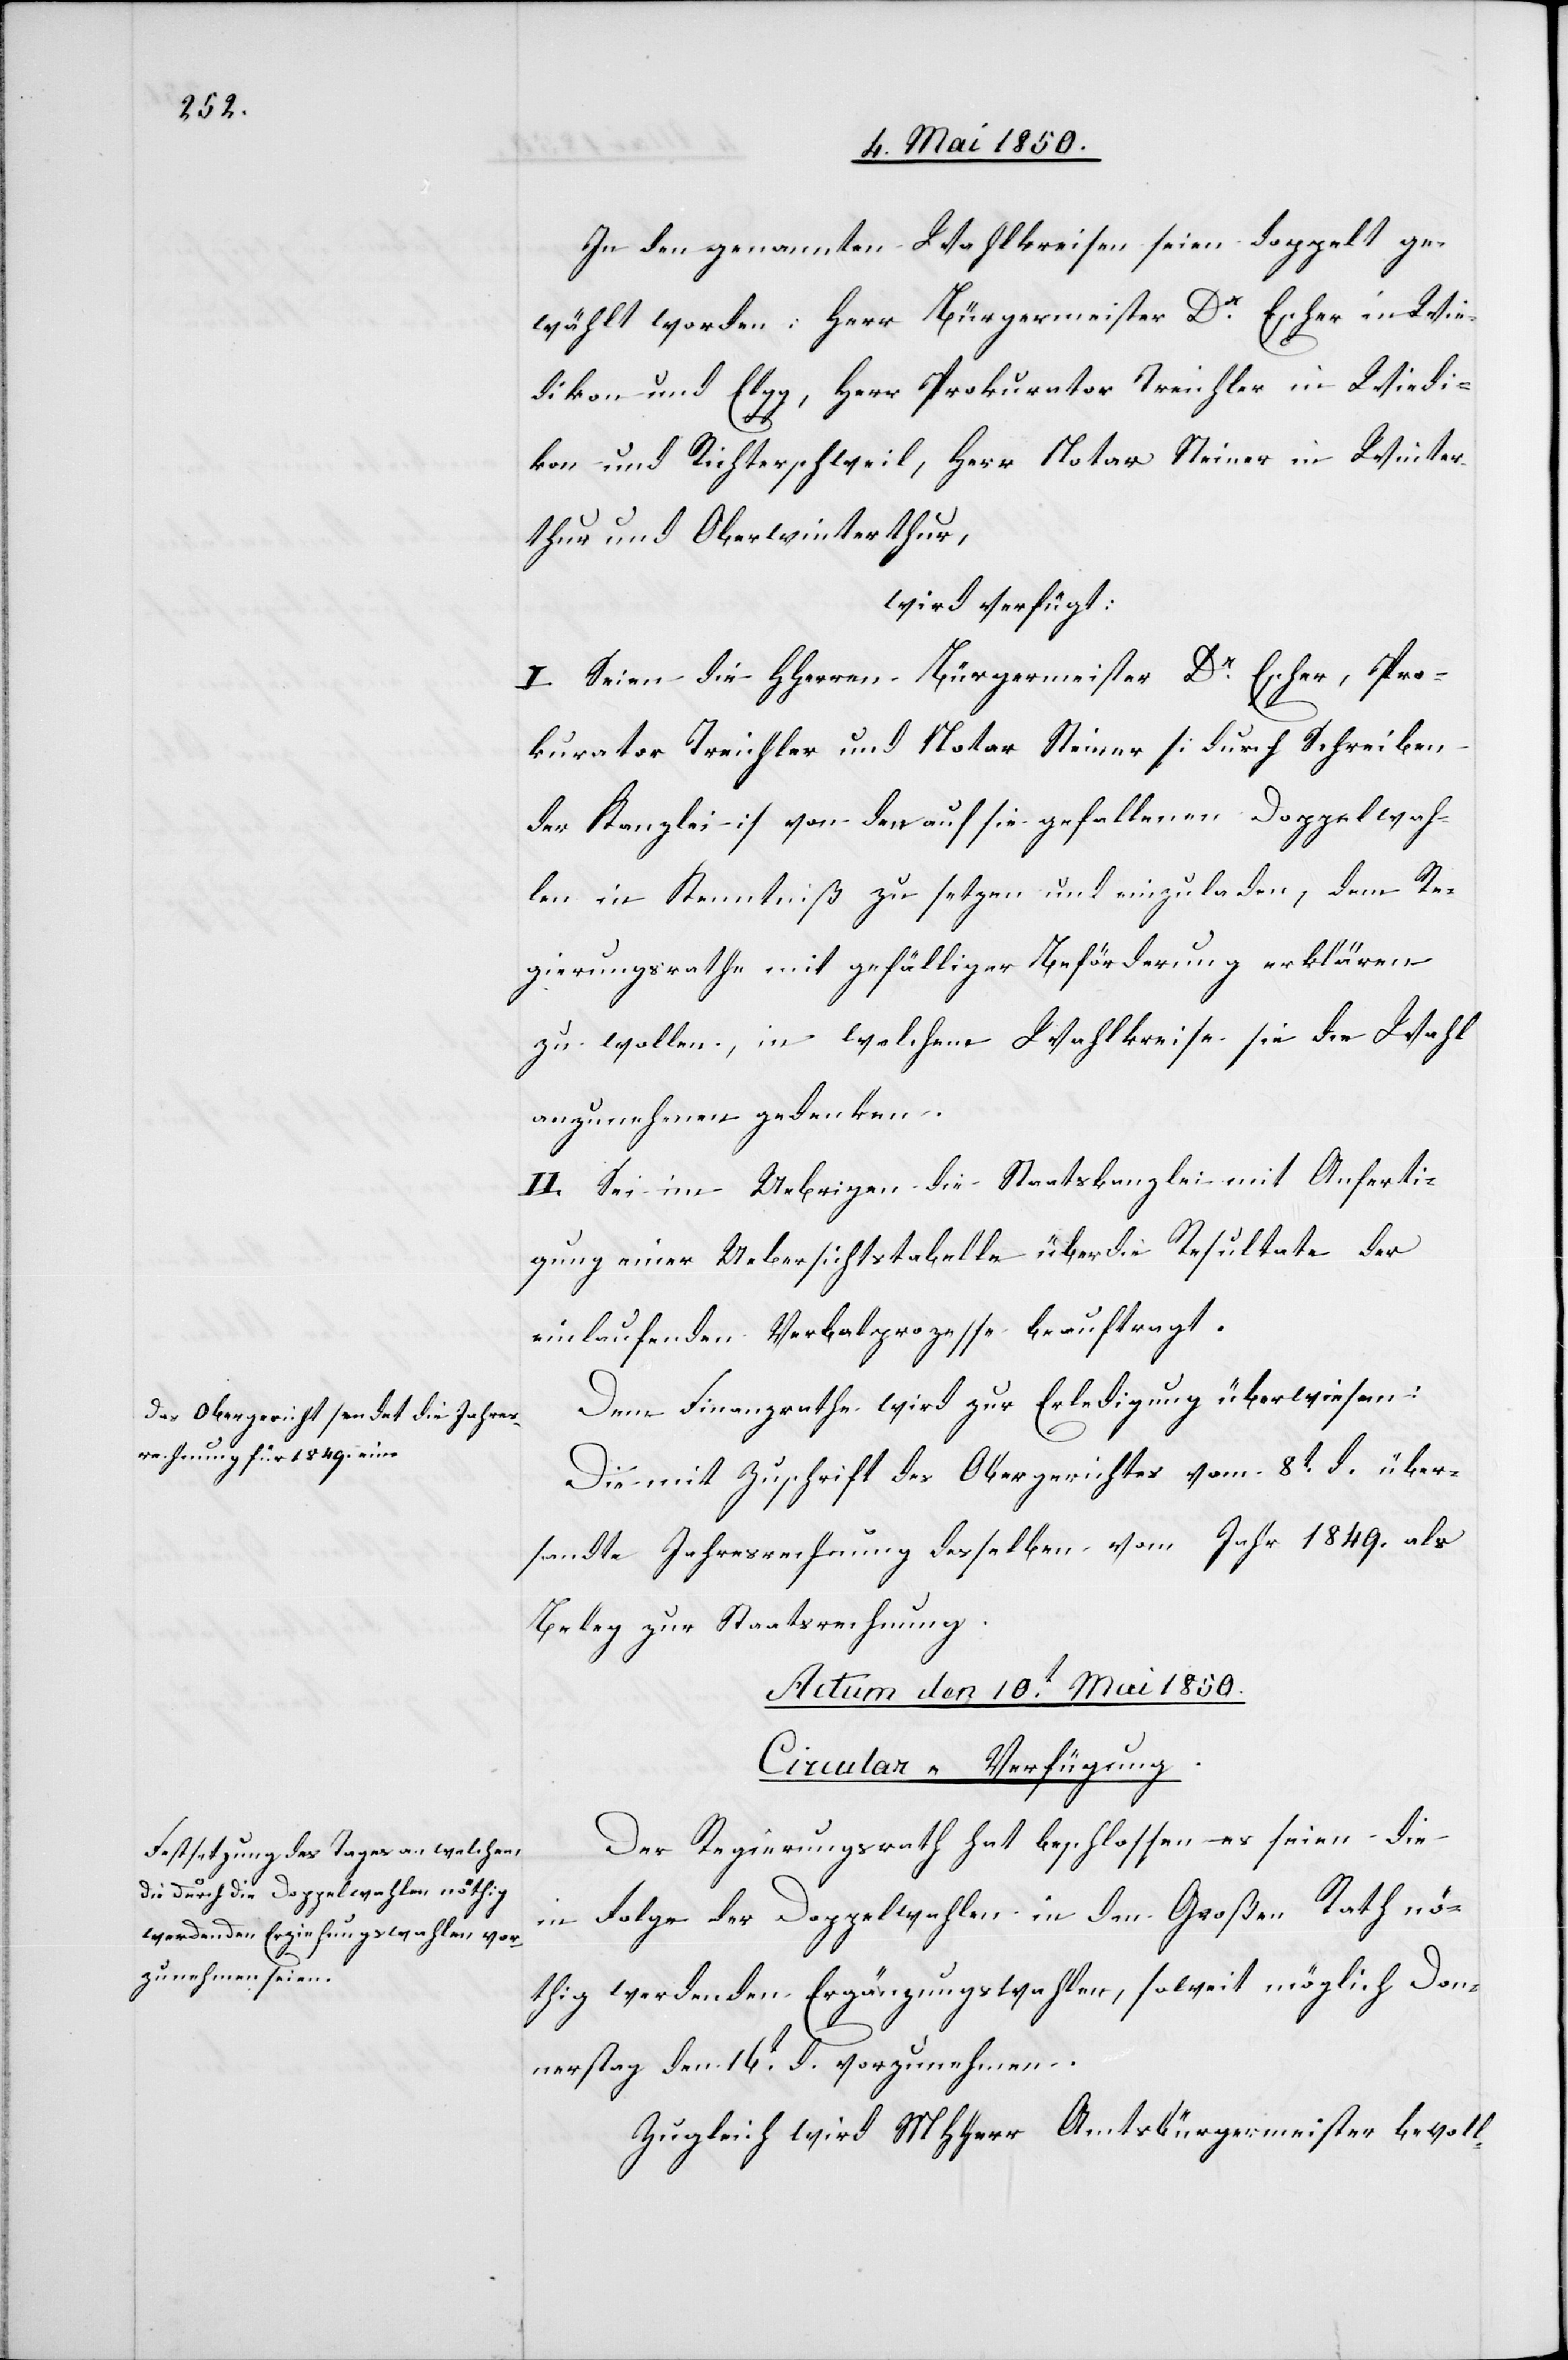
In den genannten Wahlkreisen seien doppelt ge¬
wählt worden: Herr Bürgermeister Dr Escher in Wie¬
dikon und Elgg, Herr Prokurator Treichler in Wiedi¬
kon und Richterschweil, Herr Notar Steiner in Winter¬
thur und Oberwinterthur,
wird verfügt:
I. Seien die HHerren Bürgermeister Dr Escher, Pro¬
kurator Treichler und Notar Steiner [durch Schreiben
der Kanzlei] von den auf sie gefallenen Doppelwah¬
len in Kenntniß zu setzen und einzuladen, dem Re¬
gierungsrathe mit gefälliger Beförderung erklären
zu wollen, in welchem Wahlkreise sie die Wahl
anzunehmen gedenken.
II. Sei im Uebrigen die Staatskanzlei mit Anferti¬
gung einer Uebersichtstabelle über die Resultate der
einlaufenden Verbalprozesse beauftragt.
Dem Finanzrathe wird zur Erledigung überwiesen:
Die mit Zuschrift des Obergerichtes vom 8t d. über¬
sandte Jahresrechnung desselben vom Jahr 1849. als
Beleg zur Staatsrechnung.
Actum den 10t Mai 1850.
Circular-Verfügung.
Der Regierungsrath hat beschlossen es seien die
in Folge der Doppelwahlen in den Großen Rath nö¬
thig werdenden Ergänzungswahlen, soweit möglich Don¬
nerstag den 16t d. vorzunehmen.
Zugleich wird MHHerr Amtsbürgermeister bevoll-